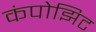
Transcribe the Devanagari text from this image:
कंपोझिट